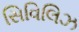
સિવિલિઝ